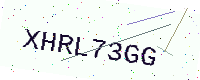
Text: XHRL73GG